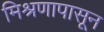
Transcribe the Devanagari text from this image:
मिश्रणापासून